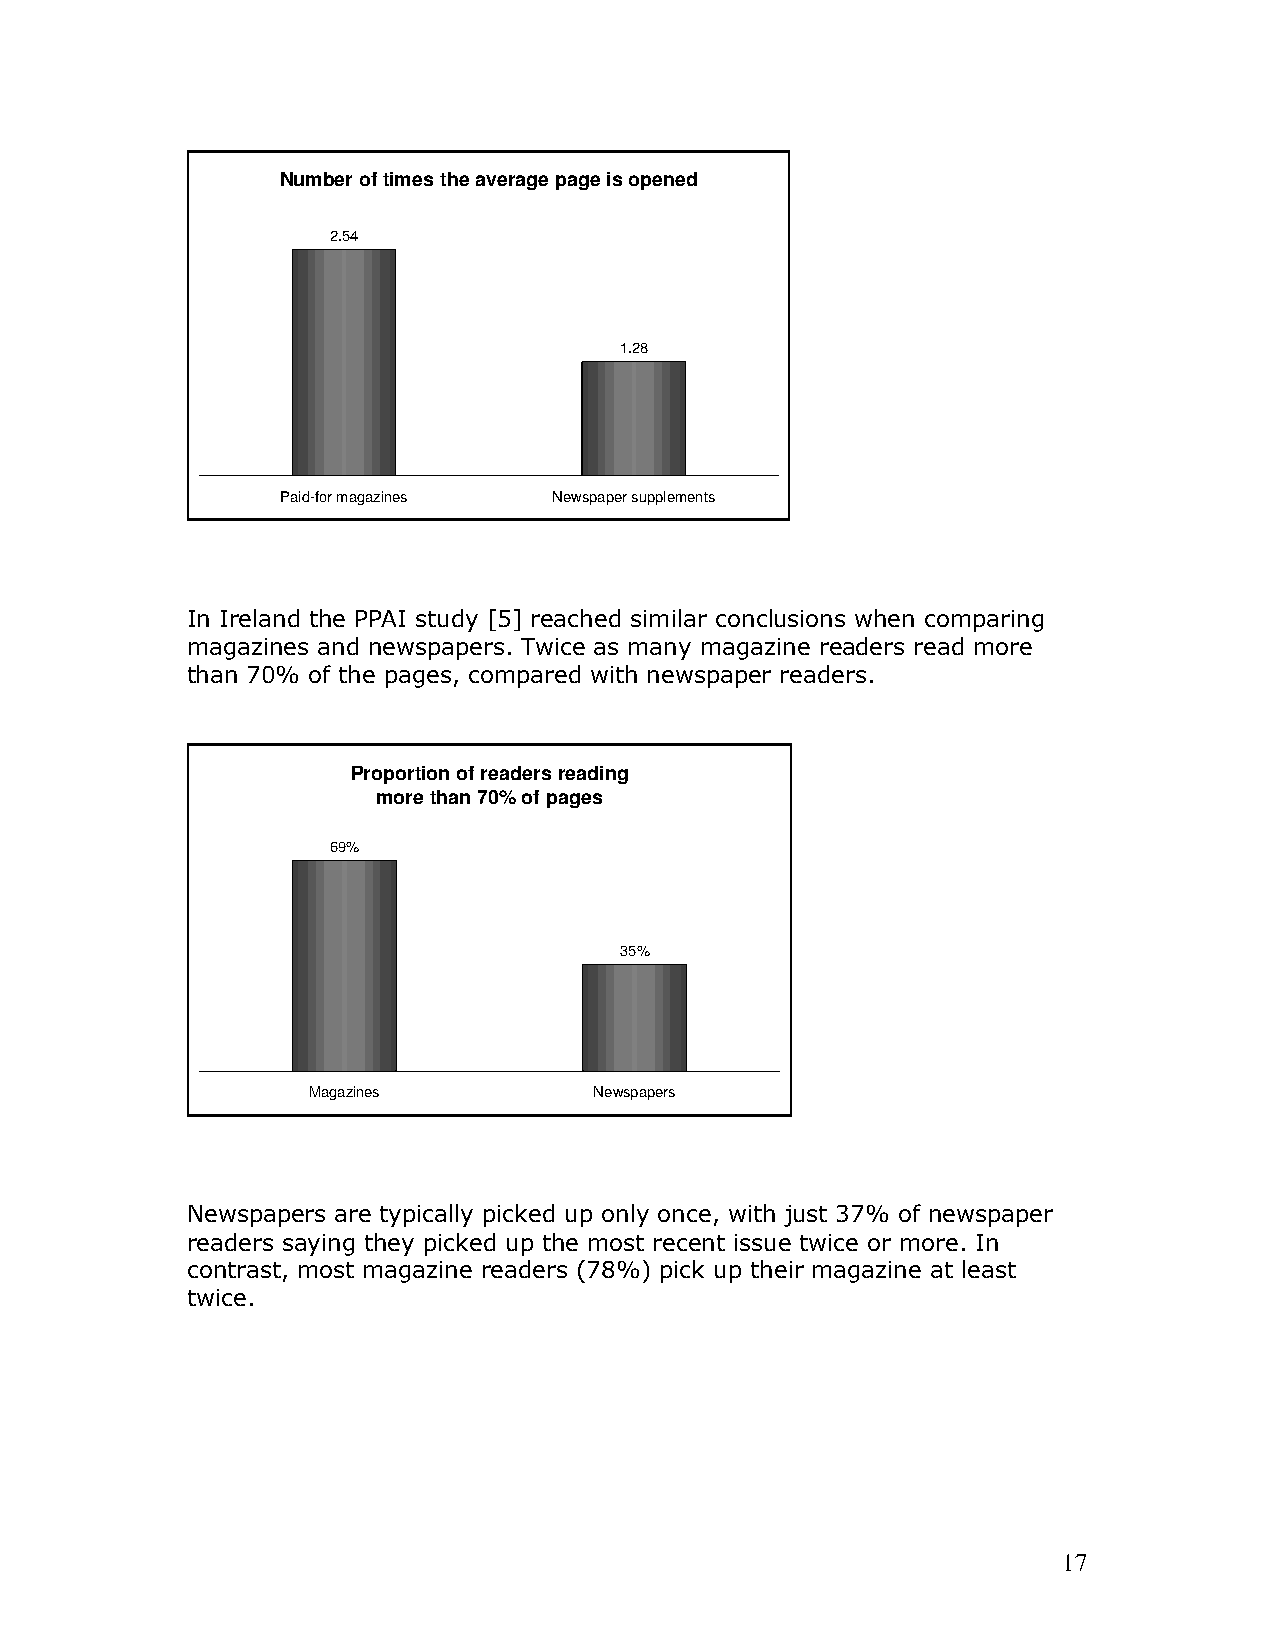
Number of times the average page is opened
 2.54
 1.28
 Paid-for magazines Newspaper supplements
 In Ireland the PPAI study [5] reached similar conclusions when comparing
 magazines and newspapers. Twice as many magazine readers read more
 than 70% of the pages, compared with newspaper readers.
 Proportion of readers reading
 more than 70% of pages
 69%
 35%
 Magazines          Newspapers
 Newspapers are typically picked up only once, with just 37% of newspaper
 readers saying they picked up the most recent issue twice or more. In
 contrast, most magazine readers (78%) pick up their magazine at least
 twice.
 17